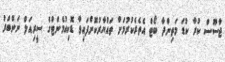
ޖާސޫސް ކުރާ ކުޑަ މަތިންދާ ބޯޓް އެތެރެކުރުމަށް ތައްޔާރުކޮށްފައިވާ ޑޮކިއުމެންޓްގެ ސީރިއަލް ނަންބަރު